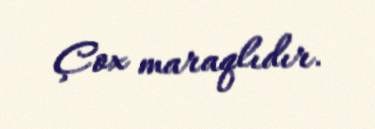
Çox maraqlıdır.